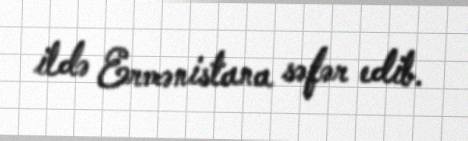
ildə Ermənistana səfər edib.